Civil Veterinary Department Bihar & Orissa reports 1922-29 - 1922-1929
Year: 1922
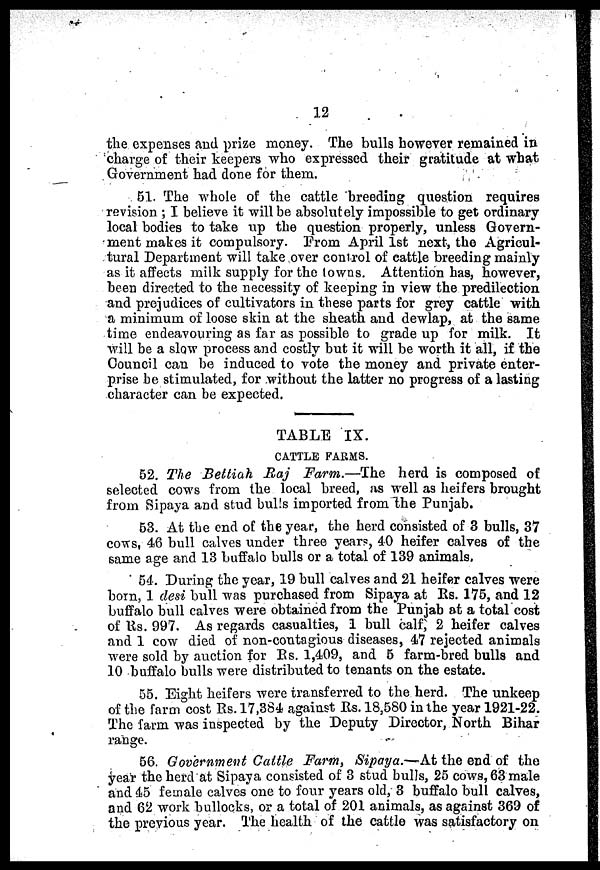
12
the expenses and prize money. The bulls however remained in
charge of their keepers who expressed their gratitude at what
Government had done for them.
51. The whole of the cattle breeding question requires
revision ; I believe it will be absolutely impossible to get ordinary
local bodies to take up the question properly, unless Govern-
ment makes it compulsory. From April 1st next, the Agricul-
tural Department will take over control of cattle breeding mainly
as it affects milk supply for the towns. Attention has, however,
been directed to the necessity of keeping in view the predilection
and prejudices of cultivators in these parts for grey cattle with
a minimum of loose skin at the sheath and dewlap, at the same
time endeavouring as far as possible to grade up for milk. It
will be a slow process and costly but it will be worth it all, if the
Council can be induced to vote the money and private enter-
prise be stimulated, for without the latter no progress of a lasting
character can be expected.
TABLE IX.
CATTLE FARMS.
52. The Bettiah Raj Farm.—The herd is composed of
selected cows from the local breed, as well as heifers brought
from Sipaya and stud bulls imported from the Punjab.
53. At the end of the year, the herd consisted of 3 bulls, 37
cows, 46 bull calves under three years, 40 heifer calves of the
same age and 13 buffalo bulls or a total of 139 animals.
54. During the year, 19 bull calves and 21 heifer calves were
born, 1 desi bull was purchased from Sipaya at Rs. 175, and 12
buffalo bull calves were obtained from the Punjab at a total cost
of Us. 997. As regards casualties, 1 bull calf, 2 heifer calves
and 1 cow died of non-contagious diseases, 47 rejected animals
were sold by auction for Rs. 1,409, and 5 farm-bred bulls and
10 buffalo bulls were distributed to tenants on the estate.
55. Eight heifers were transferred to the herd. The unkeep
of the farm cost Rs. 17,364 against Rs. 18,580 in the year 1921-22.
The farm was inspected by the Deputy Director, North Bihar
range.
56. Government Cattle Farm, Sipaya.—At the end of the
year the herd at Sipaya consisted of 3 stud bulls, 25 cows, 63 male
and 45 female calves one to four years old, 3 buffalo bull calves,
and 62 work bullocks, or a total of 201 animals, as against 369 of
the previous year. The health of the cattle was satisfactory on